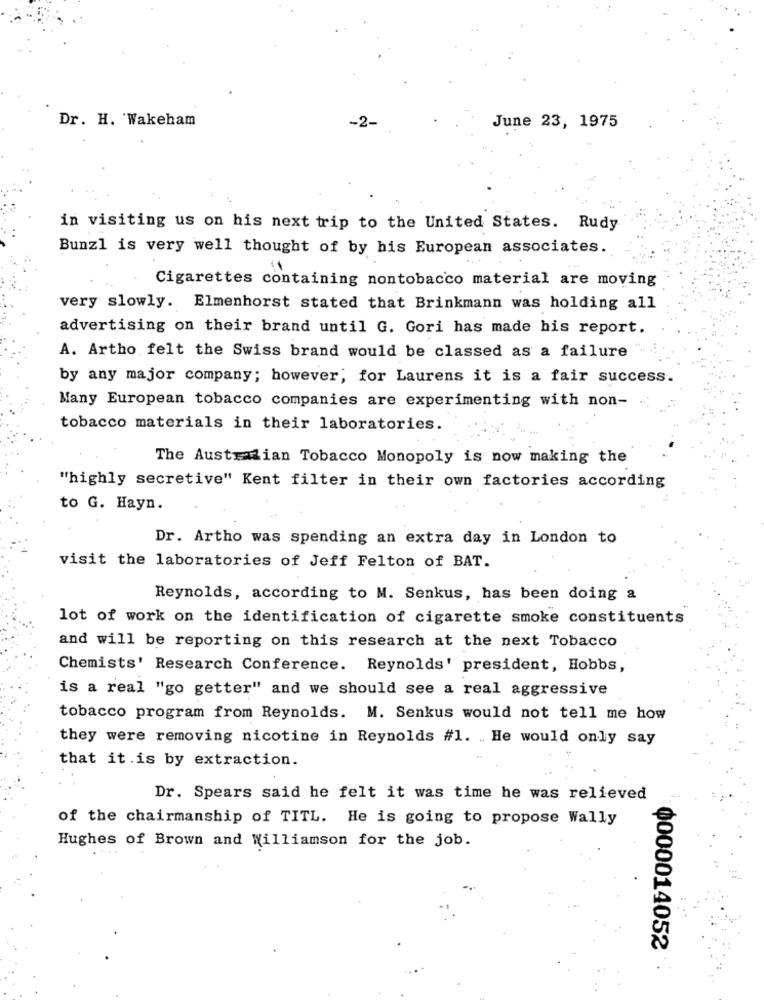
Dr. H. 'Wakeham
June 23, 1975
in visiting us on his next trip to the United States. Rudy
Bunzl is very well thought of by his European associates.
Cigarettes containing nontobacco material are moving
very slowly. Elmenhorst stated that Brinkmann was holding all
advertising on their brand until G. Gori has made his report.
A. Artho felt the Swiss brand would be classed as a failure
by any major company; however, for Laurens it is a fair success.
Many European tobacco companies are experimenting with non-
tobacco materials in their laboratories.
The Australian Tobacco Monopoly is now making the
"highly secretive" Kent filter in their own factories according
to G. Hayn.
Dr. Artho was spending an extra day in London to
visit the laboratories of Jeff Felton of BAT.
Reynolds, according to M. Senkus, has been doing a
lot of work on the identification of cigarette smoke constituents
and will be reporting on this research at the next Tobacco
Chemists' Research Conference. Reynolds' president, Hobbs,
is a real "go getter" and we should see a real aggressive
tobacco program from Reynolds. M. Senkus would not tell me how
they were removing nicotine in Reynolds #1. . He would only say
that it is by extraction.
Dr. Spears said he felt it was time he was relieved
of the chairmanship of TITL. He is going to propose Wally
Hughes of Brown and Williamson for the job.
0000014052